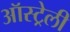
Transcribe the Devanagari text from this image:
ऑस्ट्रेली